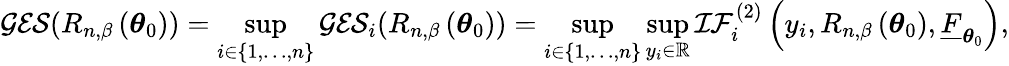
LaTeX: \mathcal{GES}(R_{n,\beta}\left(\boldsymbol{\theta}_{0}\right))=\operatorname*{sup}_{i\in\{ 1,\ldots,n\} }\mathcal{GES}_{i}(R_{n,\beta}\left(\boldsymbol{\theta}_{0}\right))=\operatorname*{sup}_{i\in\{ 1,\ldots,n\} }\operatorname*{sup}_{y_{i}\in\mathbb{R}}\mathcal{IF}_{i}^{(2)}\left(y_{i},R_{n,\beta}\left(\boldsymbol{\theta}_{0}\right),\underline{{F}}_{\boldsymbol{\theta}_{0}}\right),